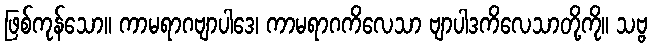
ဖြစ်ကုန်သော။ ကာမရာဂဗျာပါဒေ၊ ကာမရာဂကိလေသာ ဗျာပါဒကိလေသာတို့ကို။ သဗ္ဗ